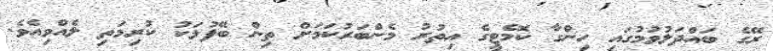
ރޭގެ ބައްދަލުވުމުގައި ހިންގާ ކޮމެޓީގެ އިތުރު މެންބަރުކަމަށް ތިން ބޭފުޅަކު ކުރިމަތި ލެއްވިއެވެ.